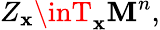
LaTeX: Z_{\mathbf{x}}\inT_{\mathbf{x}}\mathbf{M}^{n},